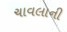
ચાવલાની